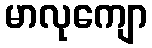
မာလုကျော